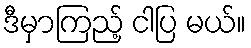
ဒီမှာကြည့် ငါပြ မယ်။